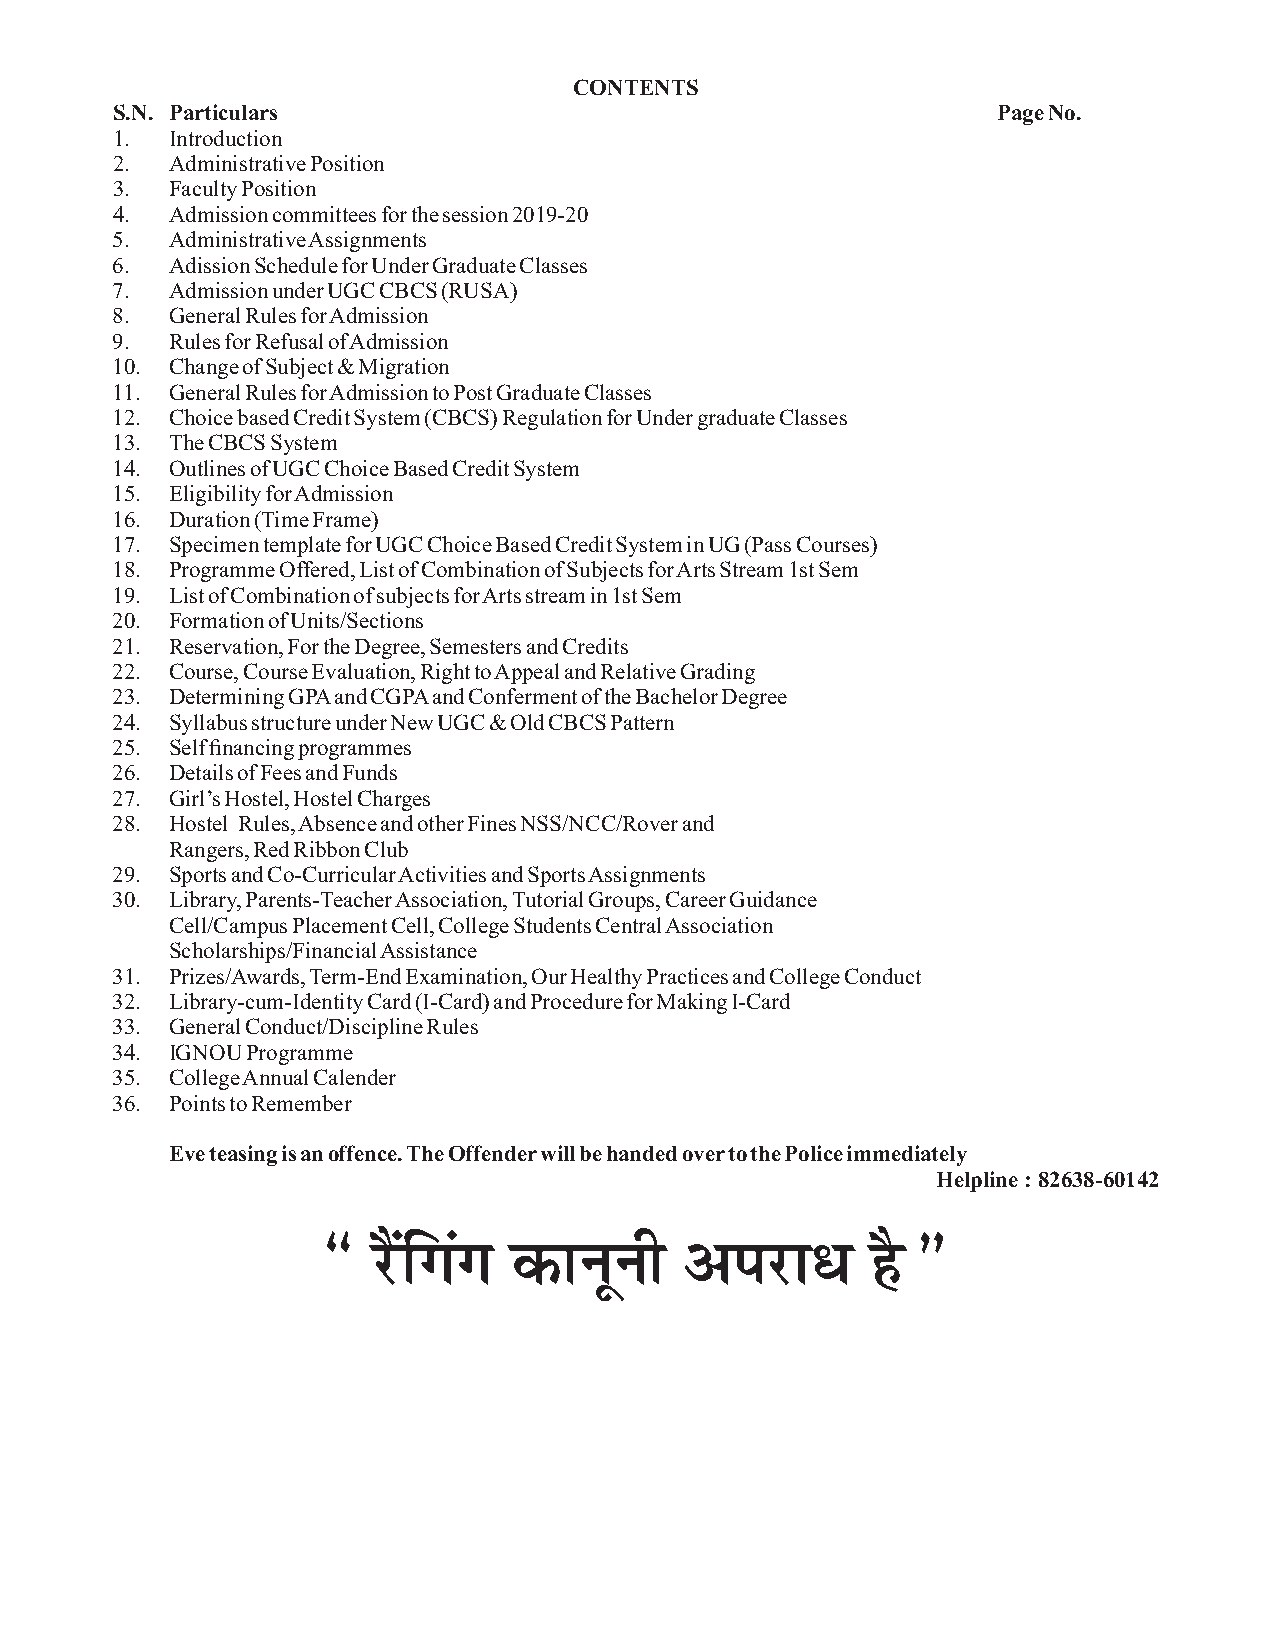
CONTENTS
 S.N. Particulars                                           Page No.
 1.  Introduction
 2.  Administrative Position
 3.  Faculty Position
 4.  Admission committees for the session 2019-20
 5.  Administrative Assignments
 6.  Adission Schedule for Under Graduate Classes
 7.  Admission under UGC CBCS (RUSA)
 8.  General Rules for Admission
 9.  Rules for Refusal of Admission
 10. Change of Subject & Migration
 11. General Rules for Admission to Post Graduate Classes
 12. Choice based Credit System (CBCS) Regulation for Under graduate Classes
 13. The CBCS System
 14. Outlines of UGC Choice Based Credit System
 15. Eligibility for Admission
 16. Duration (Time Frame)
 17. Specimen template for UGC Choice Based Credit System in UG (Pass Courses)
 18. Programme Offered, List of Combination of Subjects for Arts Stream 1st Sem
 19. List of Combination of subjects for Arts stream in 1st Sem
 20. Formation of Units/Sections
 21. Reservation, For the Degree, Semesters and Credits
 22. Course, Course Evaluation, Right to Appeal and Relative Grading
 23. Determining GPA and CGPA and Conferment of the Bachelor Degree
 24. Syllabus structure under New UGC & Old CBCS Pattern
 25. Self financing programmes
 26. Details of Fees and Funds
 27. Girl’s Hostel, Hostel Charges
 28. Hostel Rules, Absence and other Fines NSS/NCC/Rover and
 Rangers, Red Ribbon Club
 29. Sports and Co-Curricular Activities and Sports Assignments
 30. Library, Parents-Teacher Association, Tutorial Groups, Career Guidance
 Cell/Campus Placement Cell, College Students Central Association
 Scholarships/Financial Assistance
 31. Prizes/Awards, Term-End Examination, Our Healthy Practices and College Conduct
 32. Library-cum-Identity Card (I-Card) and Procedure for Making I-Card
 33. General Conduct/Discipline Rules
 34. IGNOU Programme
 35. College Annual Calender
 36. Points to Remember
 Eve teasing is an offence. The Offender will be handed over to the Police immediately
 Helpline : 82638-60142
 ß  jSafxax  dkuwuh     vijk/k       gS Þ